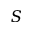
S